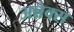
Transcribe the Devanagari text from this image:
अन्नेक्स